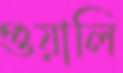
গুয়ালি